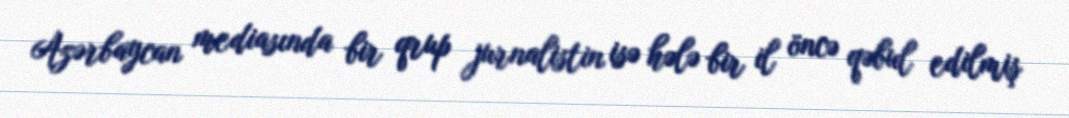
Azərbaycan mediasında bir qrup jurnalistin isə hələ bir il öncə qəbul edilmiş